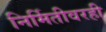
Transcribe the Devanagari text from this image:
निर्मितीवरही